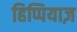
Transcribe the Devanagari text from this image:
हिप्पियाज़